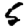
Digit: 5